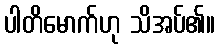
ပါတိမောက်ဟု သိအပ်၏။